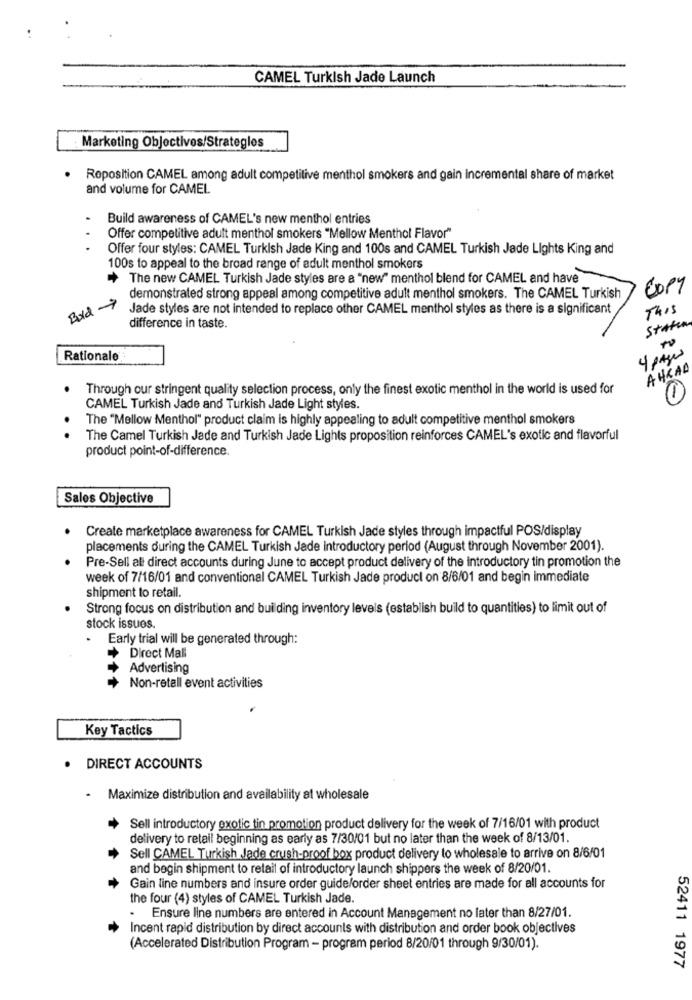
CAMEL Turkish Jade Launch
Marketing Objectives/Strategles
.
Roposition CAMEL among adult competitive menthol smokers and gain Incremental share of market
and volume for CAMEL
Build awareness of CAMEL's new menthol entries
Offer competitive adult menthol smokers "Mellow Menthol Flavor"
Offer four styles: CAMEL Turkish Jade King and 100s and CAMEL Turkish Jade Lights King and
100s to appeal to the broad range of adult menthol smokers
The new CAMEL Turkish Jade styles are a "new" menthol blend for CAMEL and have
COPY
Bold 9
demonstrated strong appeal among competitive adult menthol smokers. The CAMEL Turkish
Jade styles are not intended to replace other CAMEL menthol styles as there is a significant
This
Staten
difference in taste.
Rationale
4 pages
AHRAD
Through our stringent quality selection process, only the finest exotic menthol in the world is used for
CAMEL Turkish Jade and Turkish Jade Light styles.
The "Mellow Menthol" product claim is highly appealing to adult competitive menthol smokers
.
The Camel Turkish Jade and Turkish Jade Lights proposition reinforces CAMEL's exotic and flavorful
product point-of-difference
Sales Objective
Create marketplace awareness for CAMEL Turkish Jade styles through impactful POS/display
placements during the CAMEL Turkish Jade introductory period (August through November 2001).
Pre-Sell all direct accounts during June to accept product delivery of the introductory tin promotion the
week of 7/16/01 and conventional CAMEL Turkish Jade product on 8/6/01 and begin Immediate
shipment to retail.
Strong focus on distribution and building inventory levels (establish build to quantities) to limit out of
stock issues.
.
Early trial will be generated through:
+ Direct Mall
Advertising
Non-retall event activities
Key Tactics
DIRECT ACCOUNTS
- Maximize distribution and availability at wholesale
Sell introductory exotic tin promotion product delivery for the week of 7/16/01 with product
delivery to retail beginning as early as 7/30/01 but no later than the week of 8/13/01.
Sell CAMEL Turkish Jade crush-proof box product delivery to wholesale to arrive on 8/6/01
and begin shipment to retail of introductory launch shippers the week of 8/20/01.
Gain line numbers and insure order guide/order sheet entries are made for all accounts for
the four (4) styles of CAMEL Turkish Jade.
Ensure line numbers are entered in Account Management no later than 8/27/01.
Incent rapid distribution by direct accounts with distribution and order book objectives
(Accelerated Distribution Program - program period 8/20/01 through 9/30/01).
52411 1977